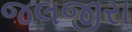
જલજીરા